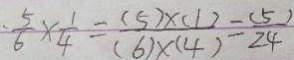
. \frac { 5 } { 6 } \times \frac { 1 } { 4 } = \frac { ( 5 ) \times ( 1 ) } { ( 6 ) \times ( 4 ) } = \frac { ( 5 ) } { 2 4 }